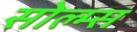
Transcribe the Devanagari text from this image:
सोल्म्स